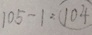
1 0 5 - 1 = 1 0 4